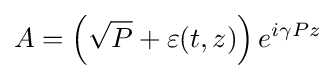
A=\left({\sqrt {P}}+\varepsilon (t,z)\right)e^{i\gamma Pz}